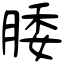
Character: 腇